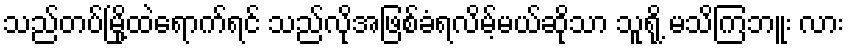
သည်တပ်မြို့ထဲရောက်ရင် သည်လိုအဖြစ်ခံရလိမ့်မယ်ဆိုသာ သူရို့ မသိကြဘူး လား